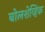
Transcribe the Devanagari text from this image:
बोलशेव्हिक